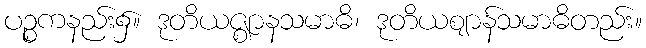
ပဉ္စကနည်း၌။ ဒုတိယဇ္ဈာနသမာဓိ၊ ဒုတိယဈာန်သမာဓိတည်း။